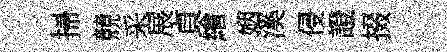
掃競采展貞繪姻溪侵證掇